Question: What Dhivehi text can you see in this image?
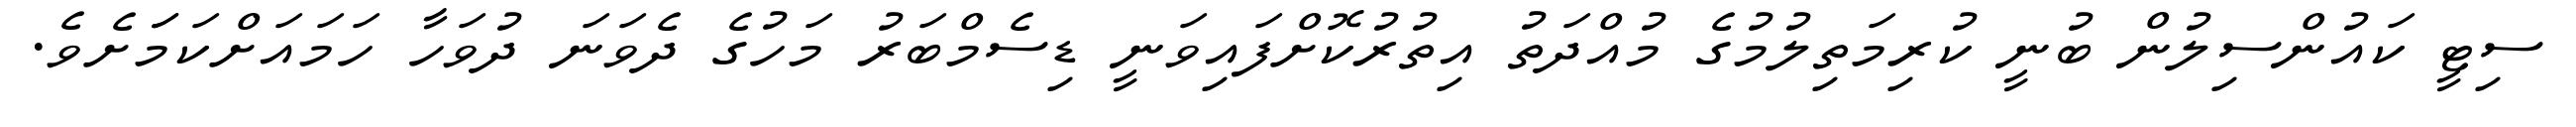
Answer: ސިޓީ ކައުންސިލުން ބުނީ ކުރިމަތިލުމުގެ މުއްދަތު އިތުރުކޮށްފައިވަނީ ޑިސެމްބަރު މަހުގެ ދެވަނަ ދުވަހާ ހަމައަށްކަމަަށެވެ.